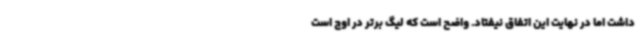
داشت اما در نهایت این اتفاق نیفتاد. واضح است که لیگ برتر در اوج است